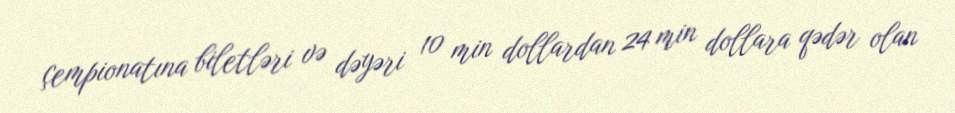
çempionatına biletləri və dəyəri 10 min dollardan 24 min dollara qədər olan